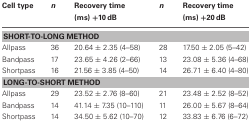
| Cell type | n | Recovery time (ms) +10 dB | n | Recovery time (ms) +20 dB |
 | --- | --- | --- | --- | --- |
 | <COLSPAN=5> SHORT-TO-LONG METHOD |
 | Allpass | 36 | 20.64 ± 2.35 (4–58) | 28 | 17.50 ± 2.05 (5–42) |
 | Bandpass | 17 | 23.65 ± 4.26 (2–66) | 13 | 23.08 ± 5.36 (4–68) |
 | Shortpass | 16 | 21.56 ± 3.85 (4–50) | 14 | 26.71 ± 6.40 (4–80) |
 | <COLSPAN=5> LONG-TO-SHORT METHOD |
 | Allpass | 29 | 23.52 ± 2.76 (8–60) | 21 | 23.48 ± 2.52 (8–52) |
 | Bandpass | 14 | 41.14 ± 7.35 (10–110) | 11 | 26.00 ± 5.67 (8–64) |
 | Shortpass | 14 | 34.50 ± 5.62 (10–70) | 12 | 33.83 ± 6.76 (6–72) |